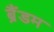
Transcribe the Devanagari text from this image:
ब्रैंडम